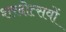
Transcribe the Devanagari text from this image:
शरदोत्सवों